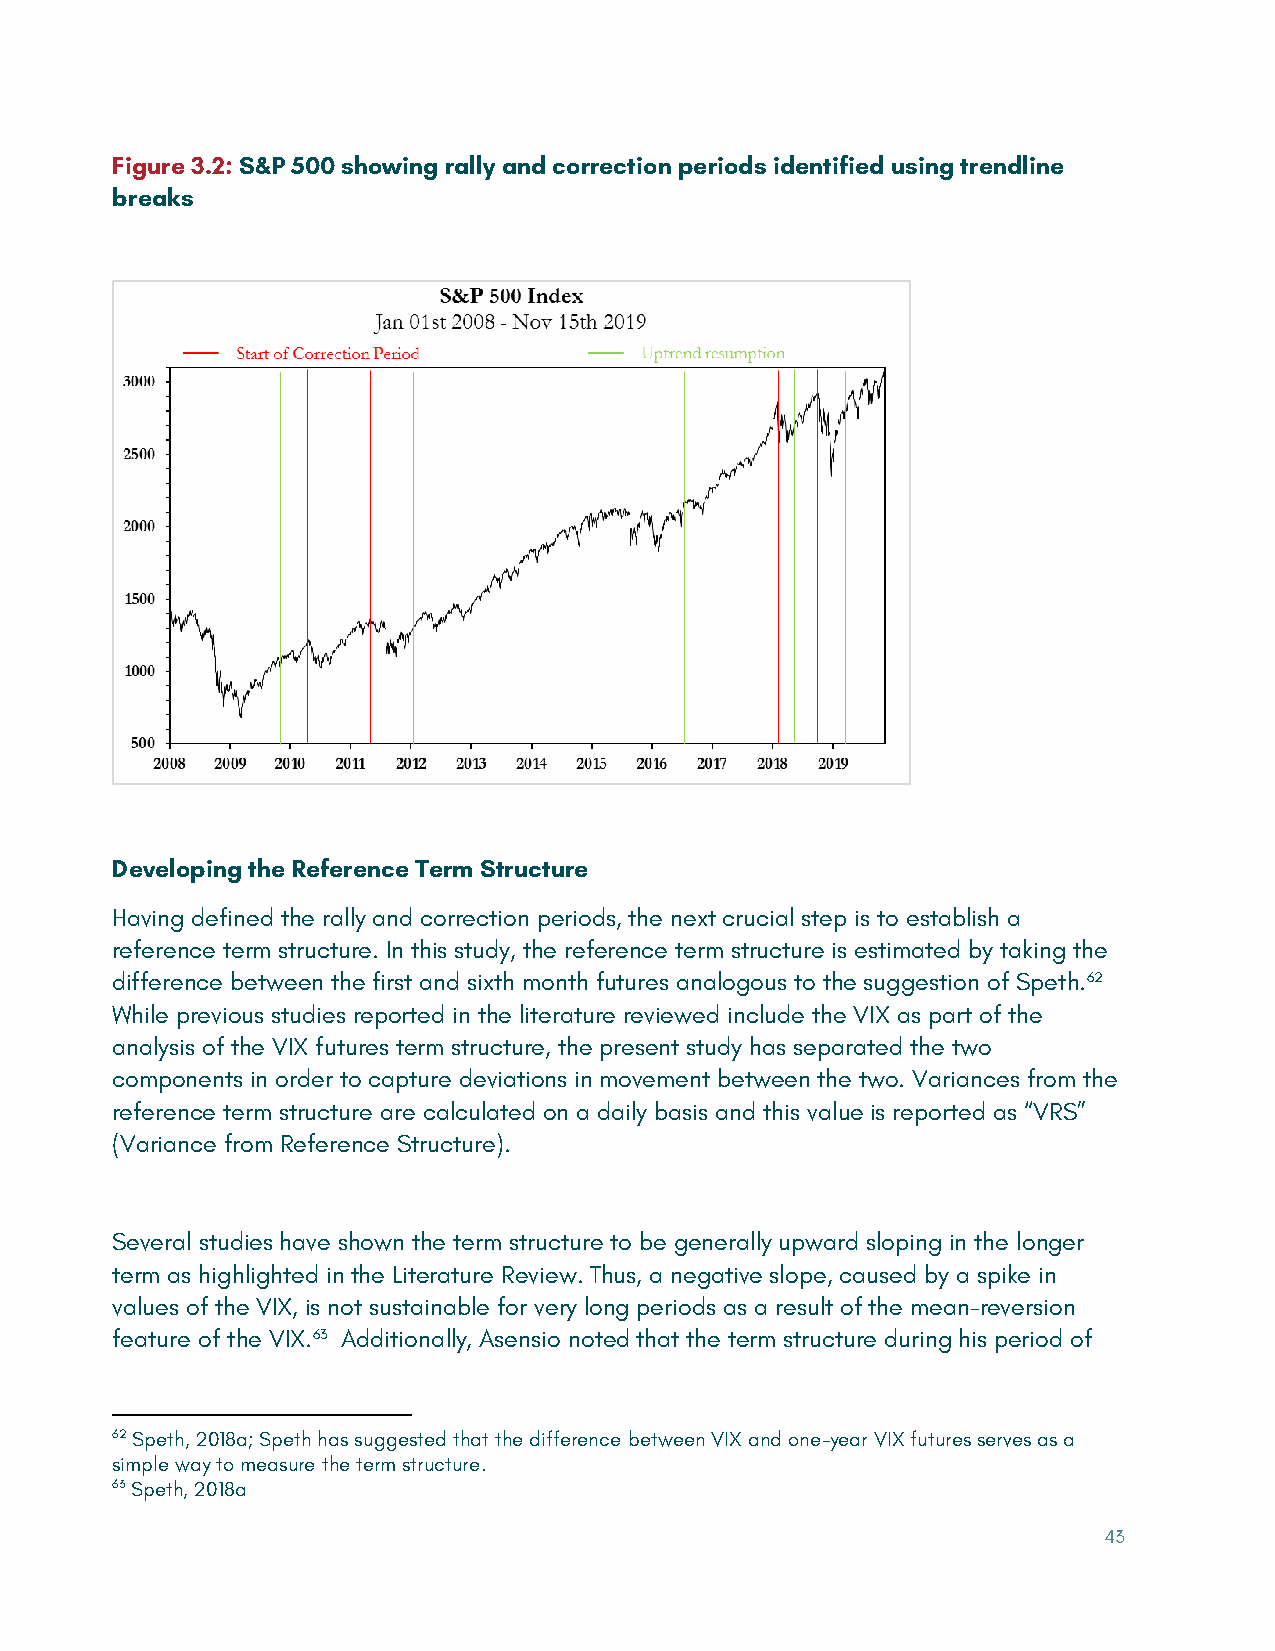
Figure 3.2: S&P 500 showing rally and correction periods identified using trendline
 breaks
 Developing the Reference Term Structure
 Having defined the rally and correction periods, the next crucial step is to establish a
 reference term structure. In this study, the reference term structure is estimated by taking the
 difference between the first and sixth month futures analogous to the suggestion of Speth.62
 While previous studies reported in the literature reviewed include the VIX as part of the
 analysis of the VIX futures term structure, the present study has separated the two
 components in order to capture deviations in movement between the two. Variances from the
 reference term structure are calculated on a daily basis and this value is reported as “VRS”
 (Variance from Reference Structure).
 Several studies have shown the term structure to be generally upward sloping in the longer
 term as highlighted in the Literature Review. Thus, a negative slope, caused by a spike in
 values of the VIX, is not sustainable for very long periods as a result of the mean-reversion
 feature of the VIX.63 Additionally, Asensio noted that the term structure during his period of
 62 Speth, 2018a; Speth has suggested that the difference between VIX and one-year VIX futures serves as a
 simple way to measure the term structure.
 63 Speth, 2018a
 43